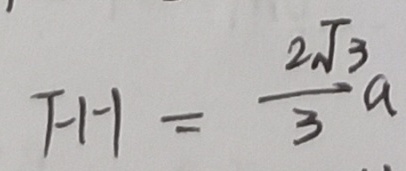
F H = \frac { 2 \sqrt { 3 } } { 3 } a